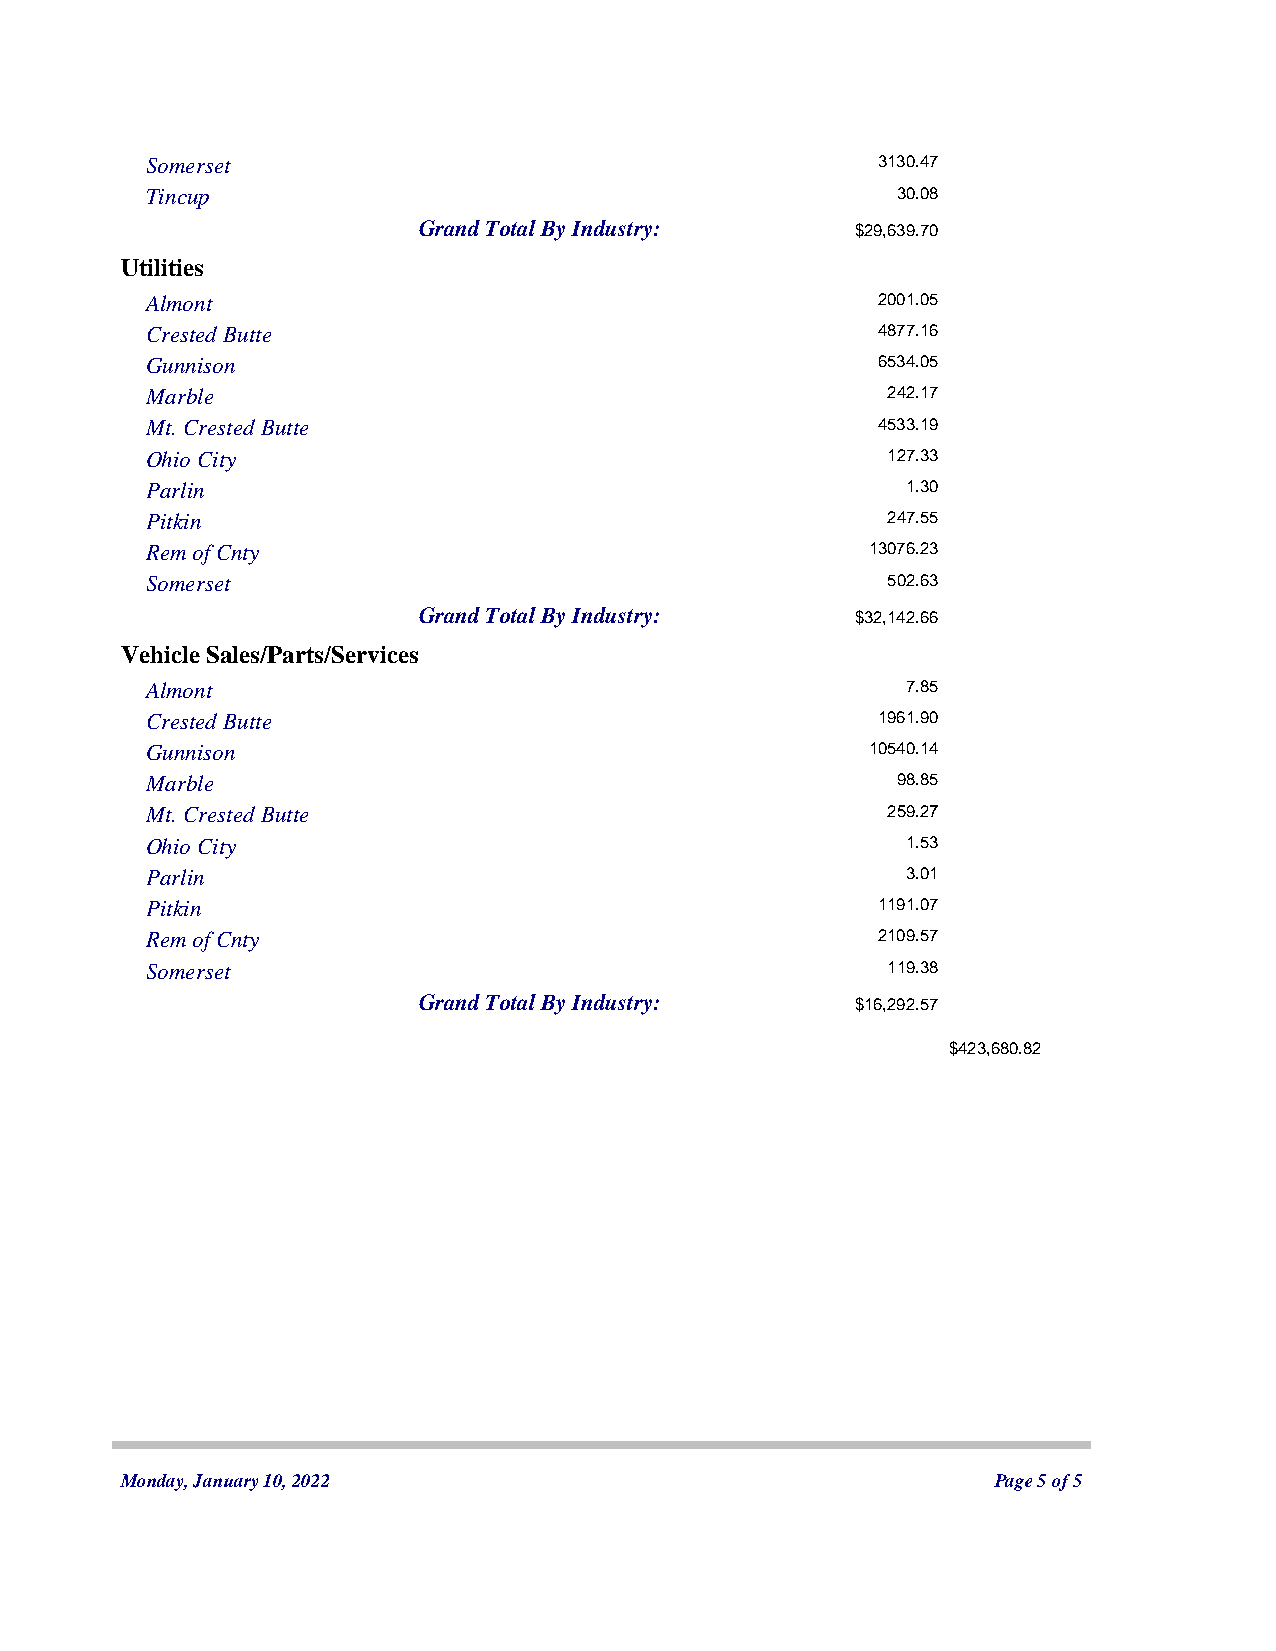
Somerset                                        3130.47
 Tincup                                           30.08
 Grand Total By Industry:     $29,639.70
 Utilities
 Almont                                          2001.05
 Crested Butte                                   4877.16
 Gunnison                                        6534.05
 Marble                                           242.17
 Mt. Crested Butte                               4533.19
 Ohio City                                        127.33
 Parlin                                            1.30
 Pitkin                                           247.55
 Rem of Cnty                                    13076.23
 Somerset                                         502.63
 Grand Total By Industry:     $32,142.66
 Vehicle Sales/Parts/Services
 Almont                                            7.85
 Crested Butte                                   1961.90
 Gunnison                                       10540.14
 Marble                                           98.85
 Mt. Crested Butte                                259.27
 Ohio City                                         1.53
 Parlin                                            3.01
 Pitkin                                          1191.07
 Rem of Cnty                                     2109.57
 Somerset                                         119.38
 Grand Total By Industry:     $16,292.57
 $423,680.82
 Monday, January 10, 2022                                  Page 5 of 5